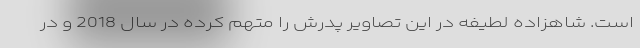
است. شاهزاده لطیفه در این تصاویر پدرش را متهم کرده در سال 2018 و در